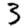
Digit: 3